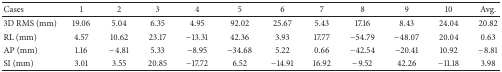
| Cases | 1 | 2 | 3 | 4 | 5 | 6 | 7 | 8 | 9 | 10 | Avg. |
 | --- | --- | --- | --- | --- | --- | --- | --- | --- | --- | --- | --- |
 | 3D RMS (mm) | 19.06 | 5.04 | 6.35 | 4.95 | 92.02 | 25.67 | 5.43 | 17.16 | 8.43 | 24.04 | 20.82 |
 | RL (mm) | 4.57 | 10.62 | 23.17 | −13.31 | 42.36 | 3.93 | 17.77 | −54.79 | −48.07 | 20.04 | 0.63 |
 | AP (mm) | 1.16 | −4.81 | 5.33 | −8.95 | −34.68 | 5.22 | 0.66 | −42.54 | −20.41 | 10.92 | −8.81 |
 | SI (mm) | 3.01 | 3.55 | 20.85 | −17.72 | 6.52 | −14.91 | 16.92 | −9.52 | 42.26 | −11.18 | 3.98 |